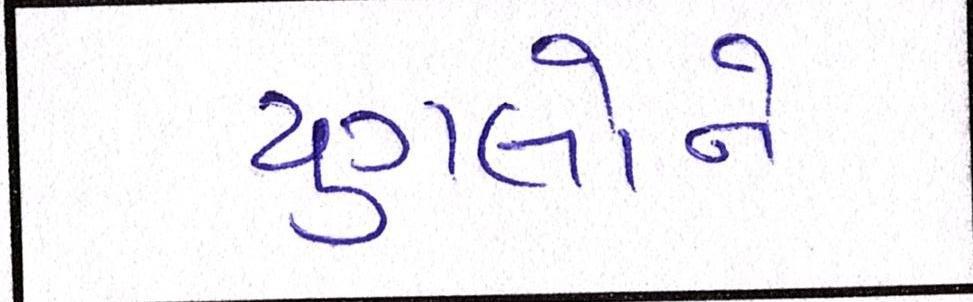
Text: યુગલોને